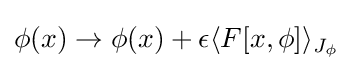
\phi (x)\rightarrow \phi (x)+\epsilon \langle F[x,\phi ]\rangle _{J_{\phi }}